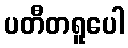
ပတီတရူပေါ